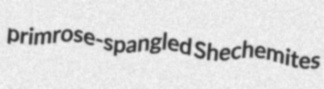
primrose-spangled Shechemites